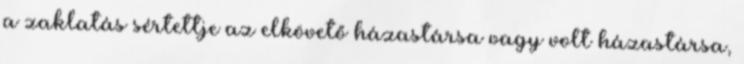
a zaklatás sértettje az elkövető házastársa vagy volt házastársa,